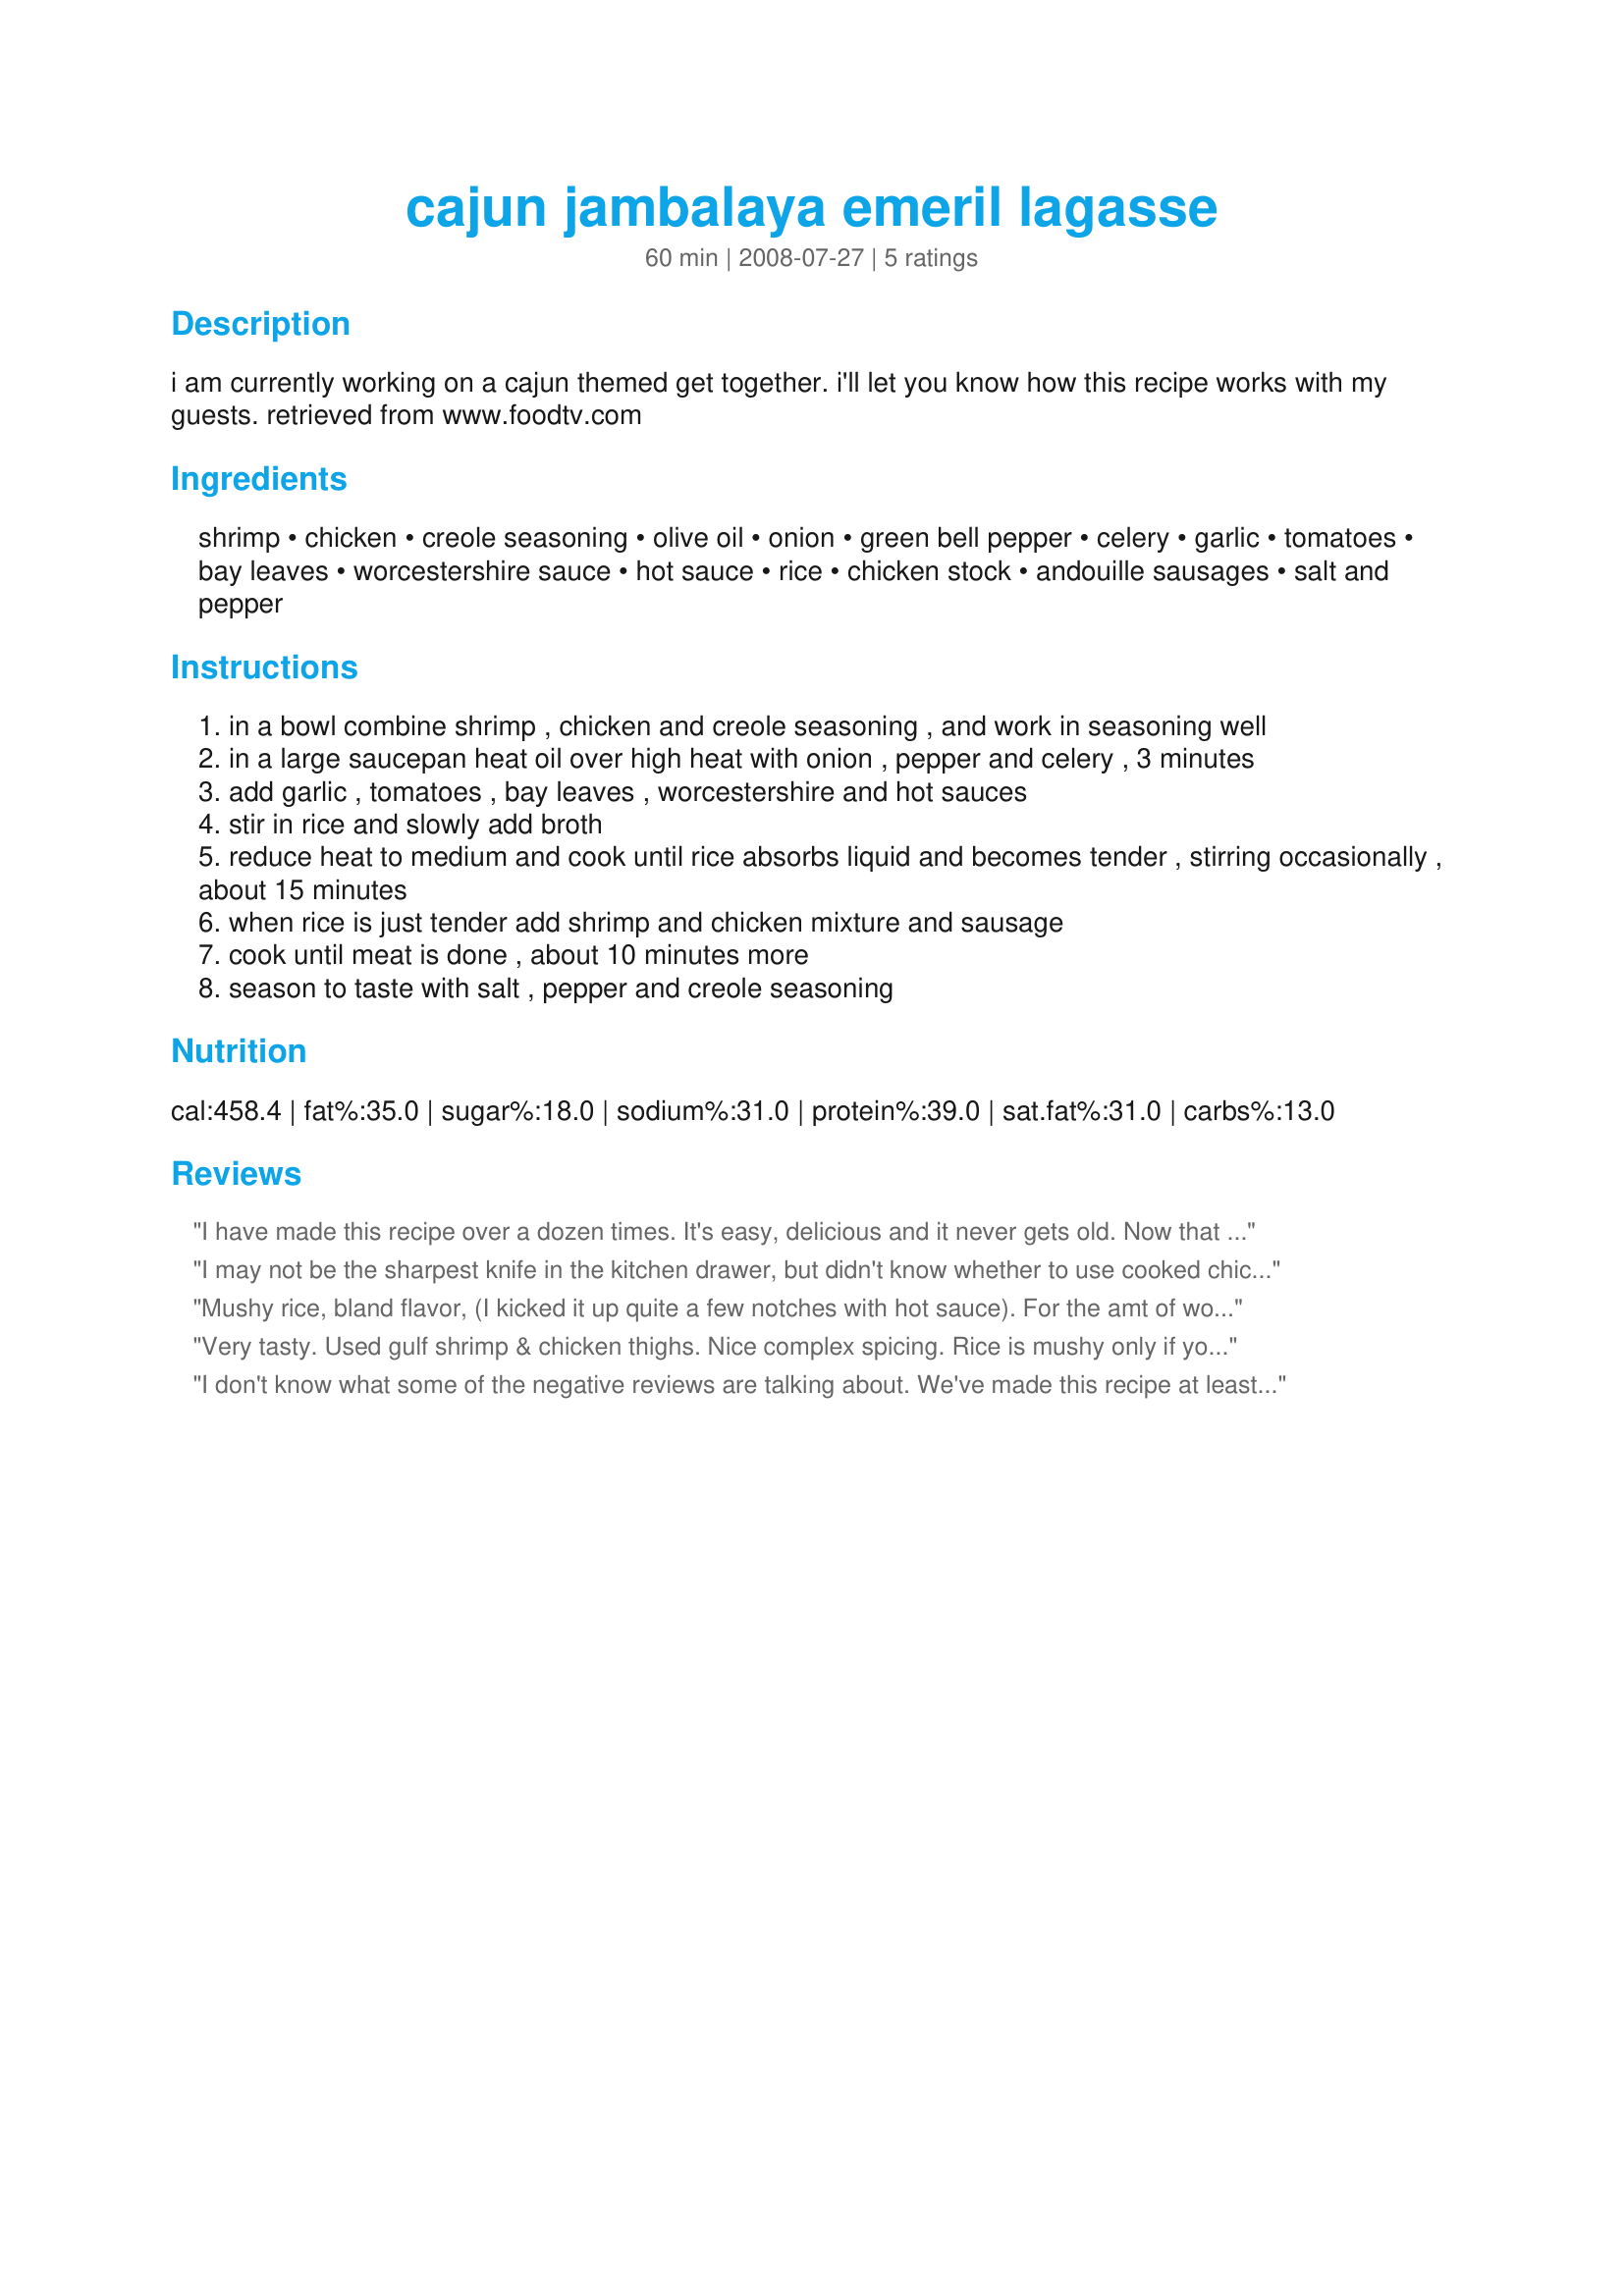
cajun jambalaya emeril lagasse
Preparation time: 60 minutes

i am currently working on a cajun themed get together. i'll let you know how this recipe works with my guests. retrieved from www.foodtv.com

Ingredients:
shrimp, chicken, creole seasoning, olive oil, onion, green bell pepper, celery, garlic, tomatoes, bay leaves, worcestershire sauce, hot sauce, rice, chicken stock, andouille sausages, salt and pepper

Steps:
in a bowl combine shrimp , chicken and creole seasoning , and work in seasoning well
in a large saucepan heat oil over high heat with onion , pepper and celery , 3 minutes
add garlic , tomatoes , bay leaves , worcestershire and hot sauces
stir in rice and slowly add broth
reduce heat to medium and cook until rice absorbs liquid and becomes tender , stirring occasionally , about 15 minutes
when rice is just tender add shrimp and chicken mixture and sausage
cook until meat is done , about 10 minutes more
season to taste with salt , pepper and creole seasoning

Reviews:
I have made this recipe over a dozen times. It's easy, delicious and it never gets old. Now that I am pregnant I buy the nitrate-free andouille sausage at Trader Joe's and it tastes just as good.
I may not be the sharpest knife in the kitchen drawer, but didn't know whether to use cooked chicken and shrimp. Went with the precooked and all I can say, smellin' those kitchen smells and all do make me hungry.
Mushy rice, bland flavor, (I kicked it up quite a few notches with hot sauce). For the amt of work that went into this dish, not to mention the expense, it was a waste. Emeril must be leaving out a key ingredient for proprietary reasons. Find another recipe!
Very tasty. Used gulf shrimp & chicken thighs. Nice complex spicing. Rice is mushy only if you overcook it or it sits too long. So it's not a dish that holds well appearance wise but taste wise it's still good. My guests were very happy!
I don't know what some of the negative reviews are talking about. We've made this recipe at least 3x/month &amp; love it!! Our trick is using 2 boneless skinless chkn thighs, trimming off all the fat &amp; rendering it down to get all the liquid chkn fat out, &amp; then browning our sliced andouillie in it. Set the andoullie aside and use all the remaining liquid in place of the olive oil the recipe calls for. Also to make the seasoning easy we just use Tony Satcheries Cajun seasoning. We use a bit more onion, gr pepper &amp; celery as well and of course fresh raw cleaned argentine large shrimp. Lastly be sure to chk rice tenderness b4 adding the proteins. We usually add 5 or so minutes of cook time. Trust me people... Jambalaya doesn't get better than this!!
